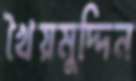
খৈয়মুদ্দিন